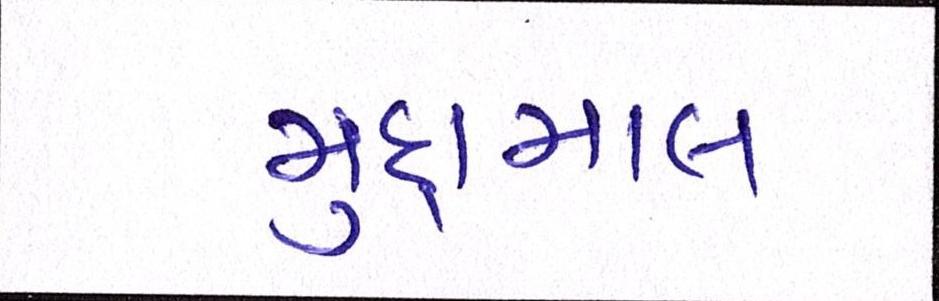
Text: મુદામાલ